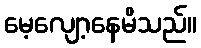
မေ့လျော့နေမိသည်။